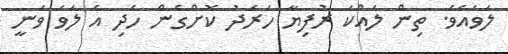
ލަވައެވެ. ތިން ލައްކަ ރުފިޔާ ހަރަދު ކޮށްގެން ހެދި އެ ލަވަ ވަނީ